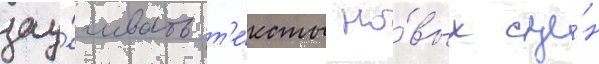
зау́чивать т'е́ксты но́вых сце́н